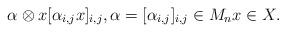
LaTeX: \begin{align*}\alpha\otimes x [\alpha_{i,j}x]_{i,j}, \alpha = [\alpha_{i,j}]_{i,j}\in M_n x\in X.\end{align*}